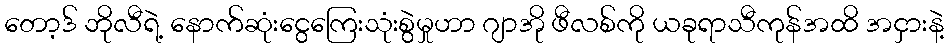
တော့ဒ် ဘိုလီရဲ့ နောက်ဆုံးငွေကြေးသုံးစွဲမှုဟာ ဂျာအို ဖီလစ်ကို ယခုရာသီကုန်အထိ အငှားနဲ့